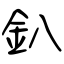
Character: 釟